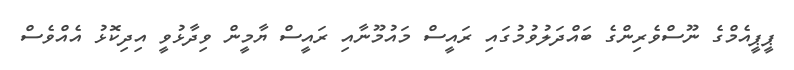
ޕީޕީއެމްގެ ނޫސްވެރިންގެ ބައްދަލުވުމުގައި ރައީސް މައުމޫނާއި ރައީސް ޔާމީން ވިދާޅުވީ އިދިކޮޅު އެއްވެސް